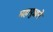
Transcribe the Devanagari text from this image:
महापुत्राने